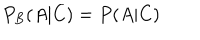
LaTeX: P _ { B } ( A | C ) = P ( A | C )